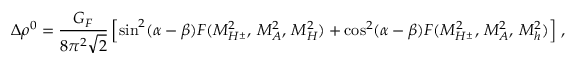
\Delta \rho ^ { 0 } = { \frac { G _ { F } } { 8 \pi ^ { 2 } \sqrt 2 } } \left[ \sin ^ { 2 } ( \alpha - \beta ) F ( M _ { H ^ { \pm } } ^ { 2 } , \, M _ { A } ^ { 2 } , \, M _ { H } ^ { 2 } ) + \cos ^ { 2 } ( \alpha - \beta ) F ( M _ { H ^ { \pm } } ^ { 2 } , \, M _ { A } ^ { 2 } , \, M _ { h } ^ { 2 } ) \right] \, ,